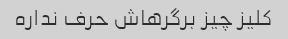
کلیز چیز برگرهاش حرف نداره